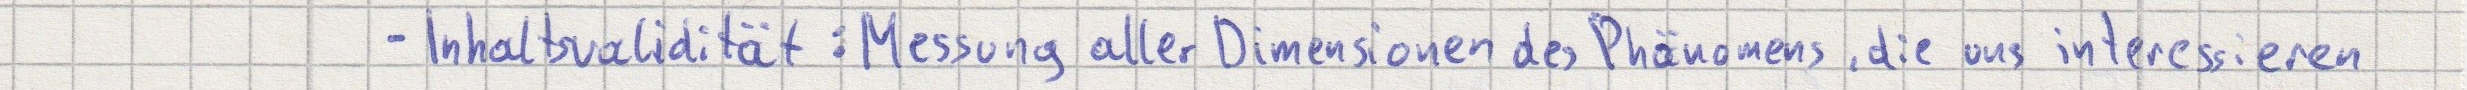
- Inhaltsvalidität: Messung aller Dimensionen des Phänomens, die aus interessieren